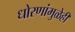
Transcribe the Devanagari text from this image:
धोरणांमुळेही